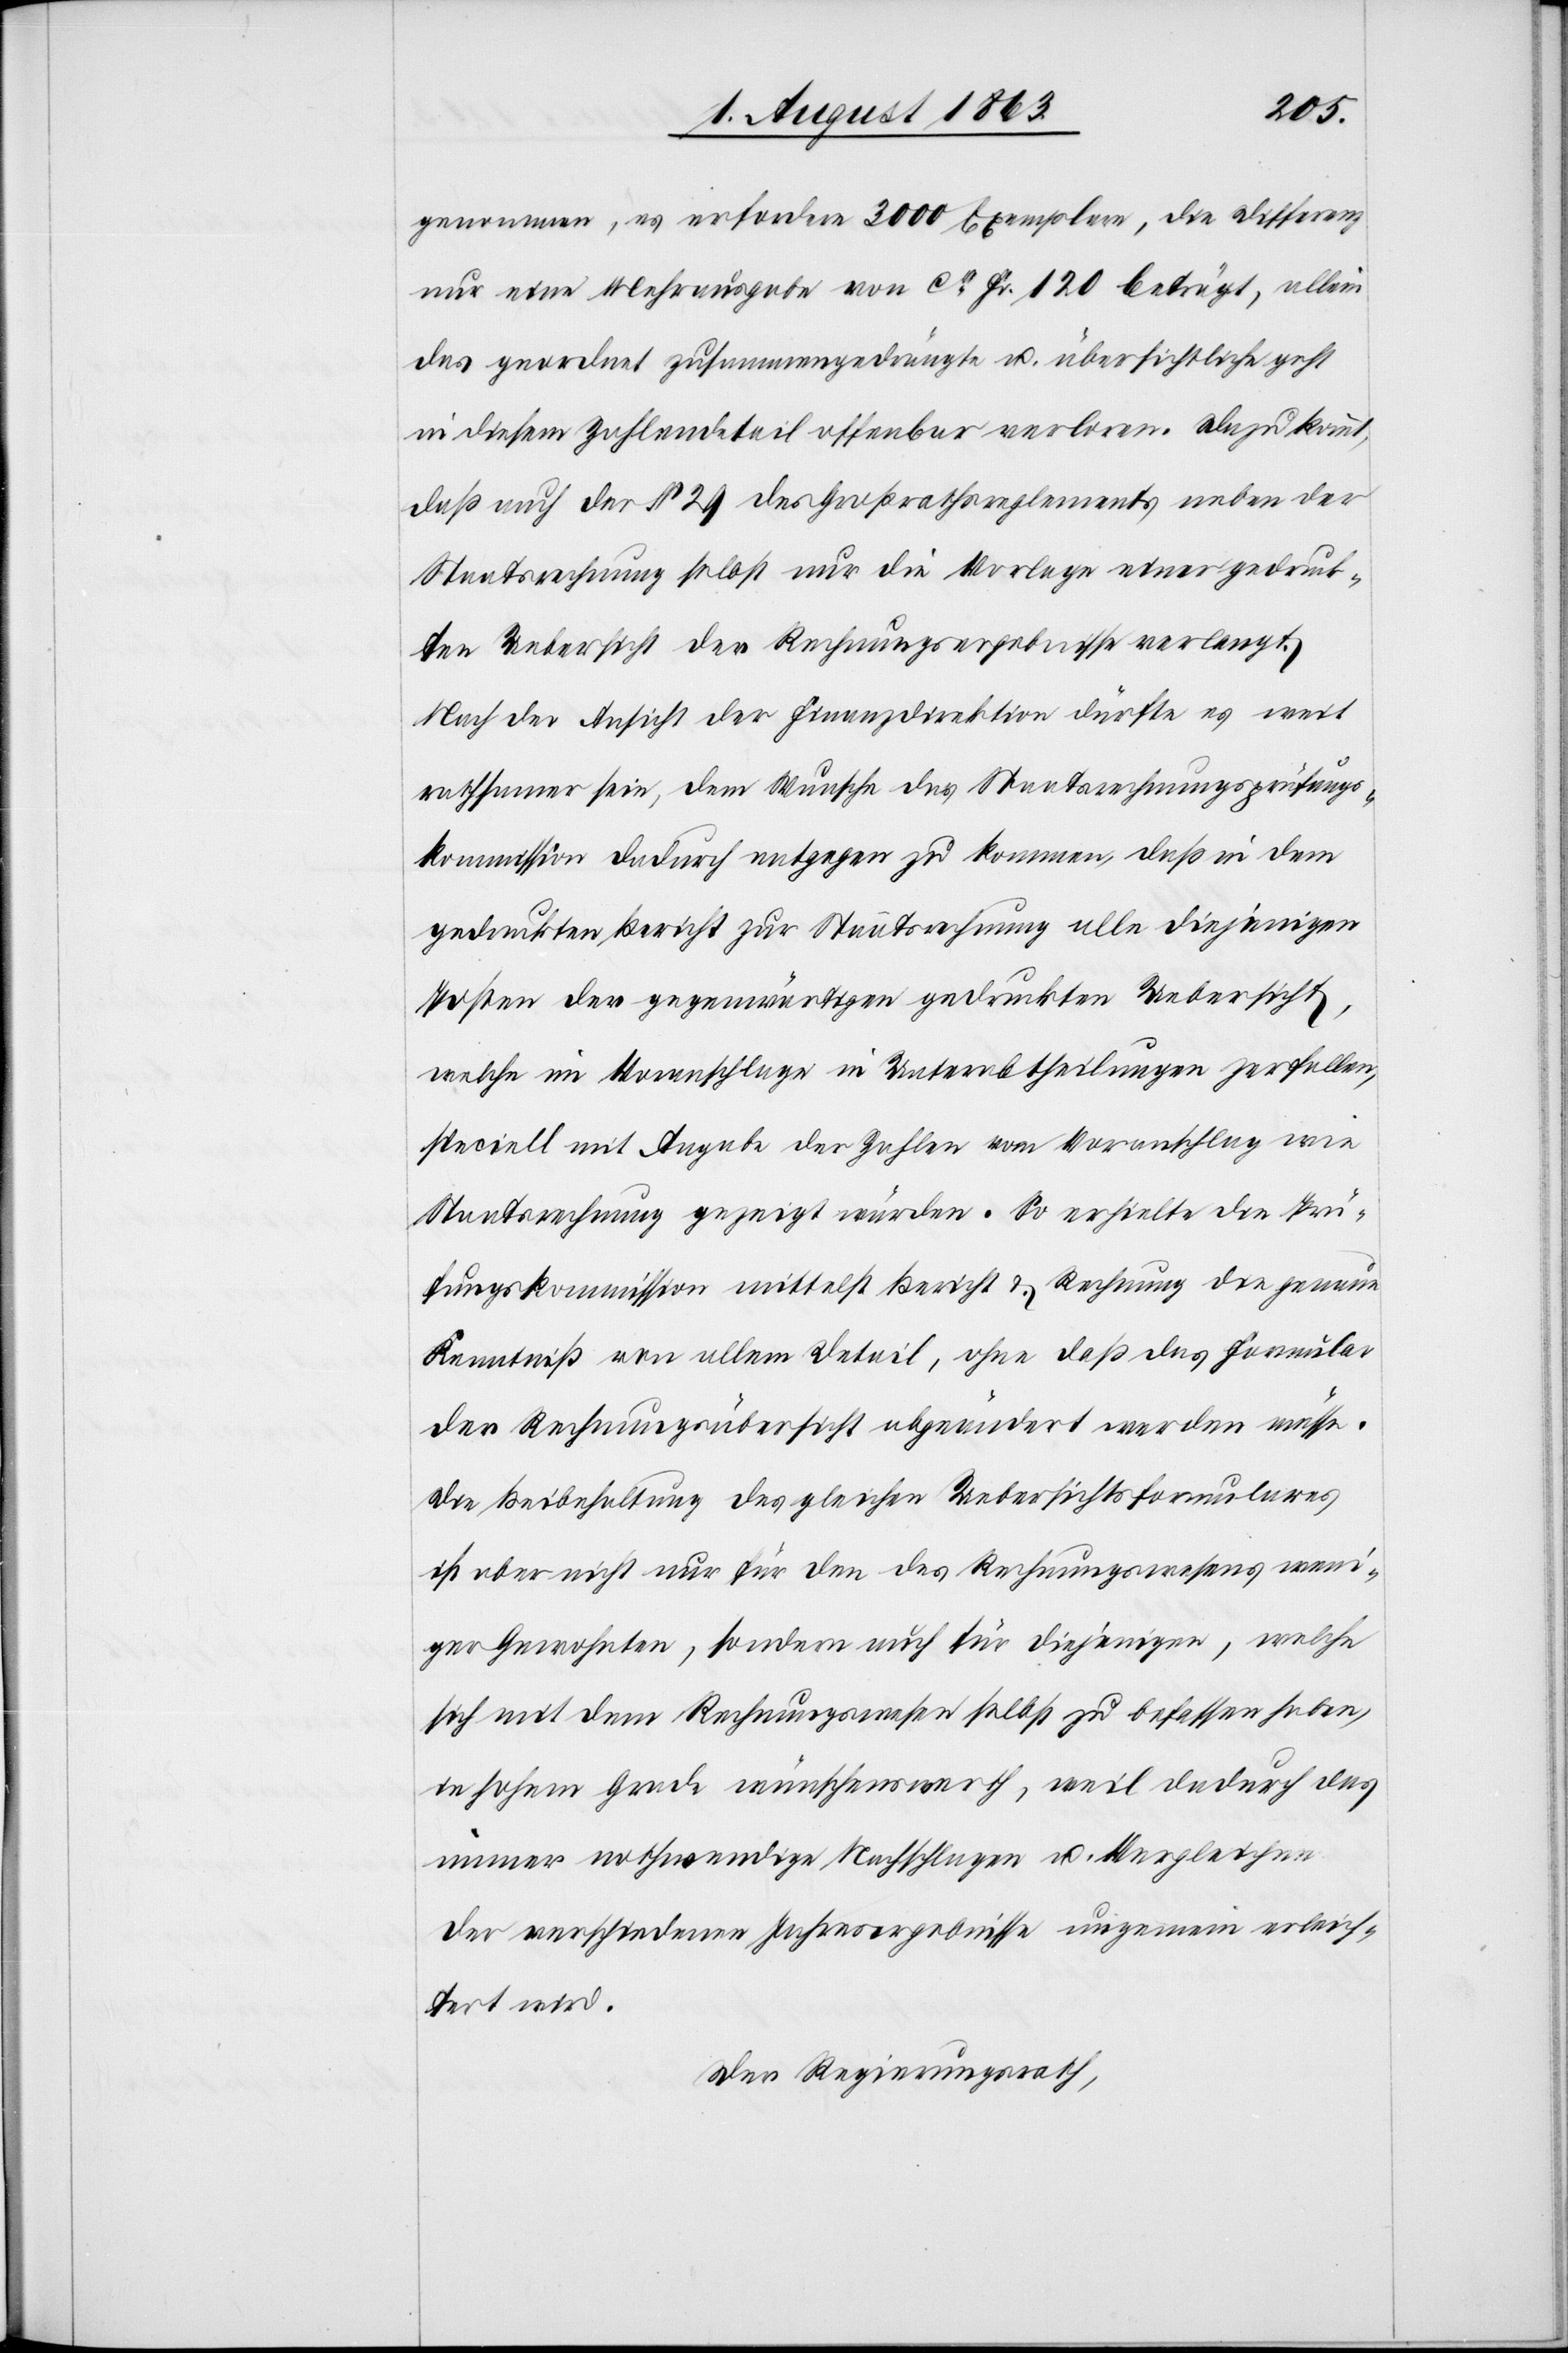
genommen, es erfordere 3000 Exemplare, die Differenz
nur eine Mehrausgabe von ca Fr. 120 beträgt, allein
das geordnet zusammengedrängte u. übersichtliche geht
in diesem Zahlendetail offenbar verloren. Dazu kommt,
daß auch der § 29 des Großrathsreglements neben der
Staatsrechnung selbst nur die Vorlage einer gedruck¬
ten Uebersicht der Rechnungsergebnisse verlangt.
Nach der Ansicht der Finanzdirektion dürfte es weit
rathsamer sein, dem Wunsche der Staatsrechnungsprüfungs¬
kommission dadurch entgegen zu kommen, daß in dem
gedruckten Bericht zur Staatsrechnung alle diejenigen
Posten der gegenwärtigen gedruckten Uebersicht,
welche im Voranschlage in Unterabtheilungen zerfallen,
speciell mit Angabe der Zahlen vom Voranschlag wie
Staatsrechnung gezeigt würden. So erhielte die Prü¬
fungskommission mittelst Bericht & Rechnung die genaue
Kenntniß von allem Detail, ohne daß das Formular
der Rechnungsübersicht abgeändert werden müsse.
Die Beibehaltung des gleichen Uebersichtsformulares
ist aber nicht nur für den das Rechnungswesen weni¬
ger Gewohnten, sondern auch für diejenigen, welche
sich mit dem Rechnungswesen selbst zu befassen haben,
in hohem Grade wünschenswerth, weil dadurch das
immer nothwendige Nachschlagen u. Vergleichen
der verschiedenen Jahresergebnisse ungemein erleich¬
tert wird.
Der Regierungsrath,